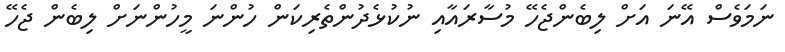
ނަމަވެސް އޭނަ އަށް ލިބެންޖެހޭ މުސާރައާއި ނުކުޅެދުންތެރިކަން ހުންނަ މީހުންނަށް ލިބެން ޖެހޭ